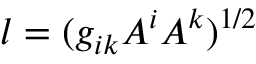
l = ( g _ { i k } A ^ { i } A ^ { k } ) ^ { 1 / 2 }